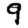
Digit: 9